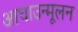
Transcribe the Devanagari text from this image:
आधाउन्मूलन